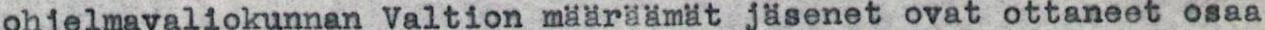
ohjelmavaliokunnan Valtion määräämät jäsenet ovat ottaneet osaa